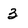
Character: 3